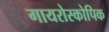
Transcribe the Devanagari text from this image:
गायरोस्कोपिक